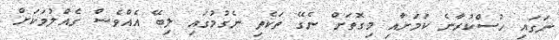
ނަގައި ހުސްކުރާނެ ކަމަށާއި މިގޮތަށް ނެގޭ ތަކެތި ނެގުމުގައި ލިބޭ އެއްވެސް ގެއްލުމަކަށް